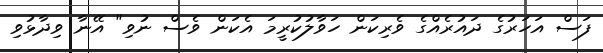
ފަސް އަހަރުގެ ދައުރެއްގެ ވެރިކަން ހަވާލުކުރީމަ އެކަން ވެސް ނުވި" އޭނާ ވިދާޅުވި